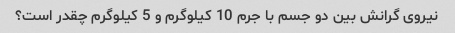
نیروی گرانش بین دو جسم با جرم 10 کیلوگرم و 5 کیلوگرم چقدر است؟